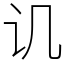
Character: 讥